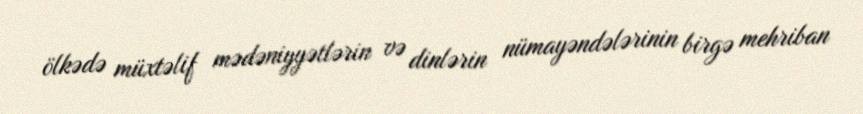
ölkədə müxtəlif mədəniyyətlərin və dinlərin nümayəndələrinin birgə mehriban